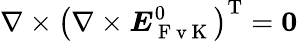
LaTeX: \nabla\times\left(\nabla\times\boldsymbol{{E}}_{\mathrm{~F~v~K~}}^{0}\right)^{\mathrm{T}}=\boldsymbol{0}